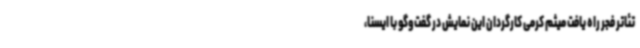
تئاتر فجر راه یافت میثم کرمی کارگردان این نمایش در گفت‌وگو با ایسنا،